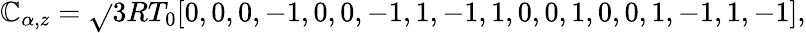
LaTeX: \mathbb{C}_{\alpha,z}=\sqrt{}{{3RT_{0}}}[0,0,0,-1,0,0,-1,1,-1,1,0,0,1,0,0,1,-1,1,-1],